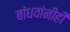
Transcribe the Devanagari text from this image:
बांधवांनीही